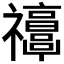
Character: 𥜭